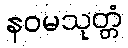
နဝမသုတ္တံ